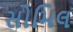
સોમિલ